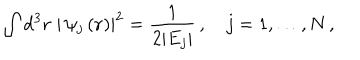
\int \mathrm { d } ^ { 3 } { \bf r } \; \left| \, \psi _ { j } \left( { \bf r } \right) \right| ^ { 2 } = \frac { 1 } { 2 \vert E _ { j } \vert } \, , \quad j = 1 , \ldots , N \, ,